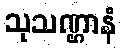
သုသဏ္ဌာနံ